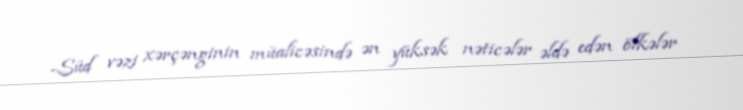
-Süd vəzi xərçənginin müalicəsində ən yüksək nəticələr əldə edən ölkələr